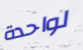
لواحدة